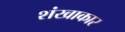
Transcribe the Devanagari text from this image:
शंखाकार